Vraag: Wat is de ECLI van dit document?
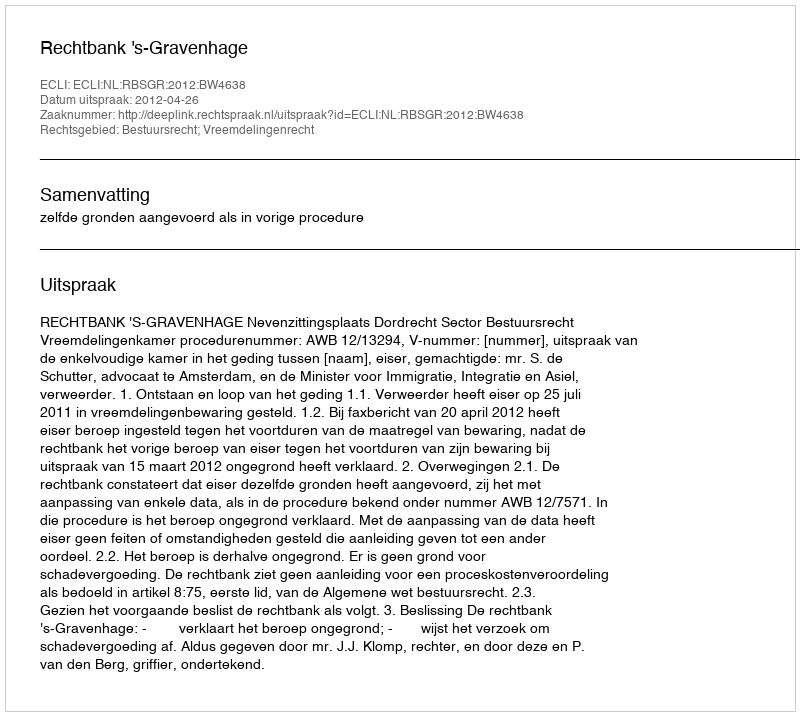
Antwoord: ECLI:NL:RBSGR:2012:BW4638